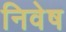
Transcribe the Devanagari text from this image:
निवेष